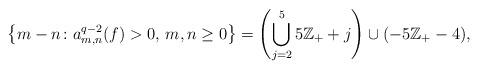
LaTeX: \begin{gather*}\big\{m-n\colon a_{m,n}^{q-2}(f)>0, \, m,n\geq0\big\}=\left(\bigcup_{j=2}^55\mathbb Z_++j\right)\cup(-5\mathbb Z_+-4),\end{gather*}